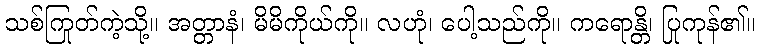
သစ်ကြုတ်ကဲ့သို့။ အတ္တာနံ၊ မိမိကိုယ်ကို။ လဟုံ၊ ပေါ့သည်ကို။ ကရောန္တိ၊ ပြုကုန်၏။